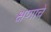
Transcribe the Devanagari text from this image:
क्षणाचे